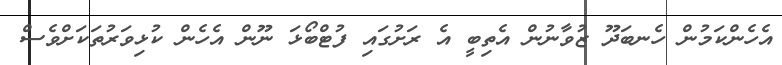
އެހެންކަމުން ހެނބަދޫ ޒުވާނުން އެތިބީ އެ ރަށުގައި ފުޓްބޯޅަ ނޫން އެހެން ކުޅިވަރުތަކަށްވެސް